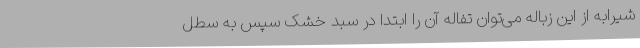
شیرابه از این زباله می‌توان تفاله آن را ابتدا در سبد خشک سپس به سطل